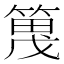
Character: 𫂔